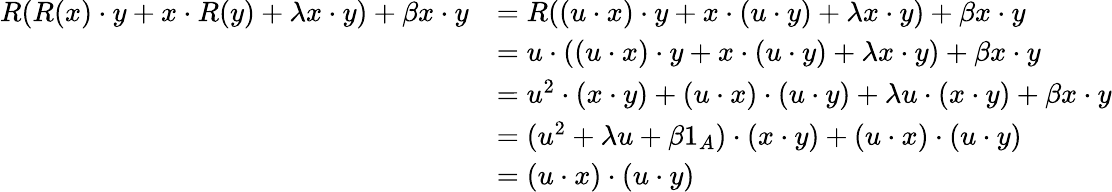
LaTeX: \begin{array}{rl}{R(R(x)\cdot y+x\cdot R(y)+\lambda x\cdot y)+\beta x\cdot y}&{=R((u\cdot x)\cdot y+x\cdot(u\cdot y)+\lambda x\cdot y)+\beta x\cdot y}\\ &{=u\cdot((u\cdot x)\cdot y+x\cdot(u\cdot y)+\lambda x\cdot y)+\beta x\cdot y}\\ &{=u^{2}\cdot(x\cdot y)+(u\cdot x)\cdot(u\cdot y)+\lambda u\cdot(x\cdot y)+\beta x\cdot y}\\ &{=(u^{2}+\lambda u+\beta 1_{A})\cdot(x\cdot y)+(u\cdot x)\cdot(u\cdot y)}\\ &{=(u\cdot x)\cdot(u\cdot y)}\end{array}